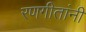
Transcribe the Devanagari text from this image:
रणगीतांनी